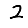
Digit: 2